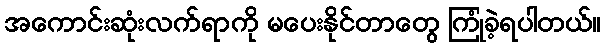
အကောင်းဆုံးလက်ရာကို မပေးနိုင်တာတွေ ကြုံခဲ့ရပါတယ်။